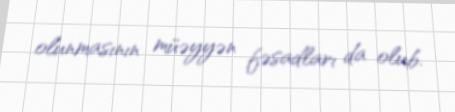
olunmasının müəyyən fəsadları da olub.